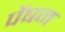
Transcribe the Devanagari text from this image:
पेंषन